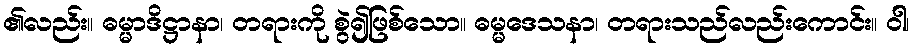
၏လည်း။ ဓမ္မာဒိဋ္ဌာနာ၊ တရားကို စွဲ၍ဖြစ်သော။ ဓမ္မဒေသနာ၊ တရားသည်လည်းကောင်း။ ဝါ၊